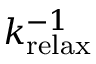
k _ { \mathrm { r e l a x } } ^ { - 1 }